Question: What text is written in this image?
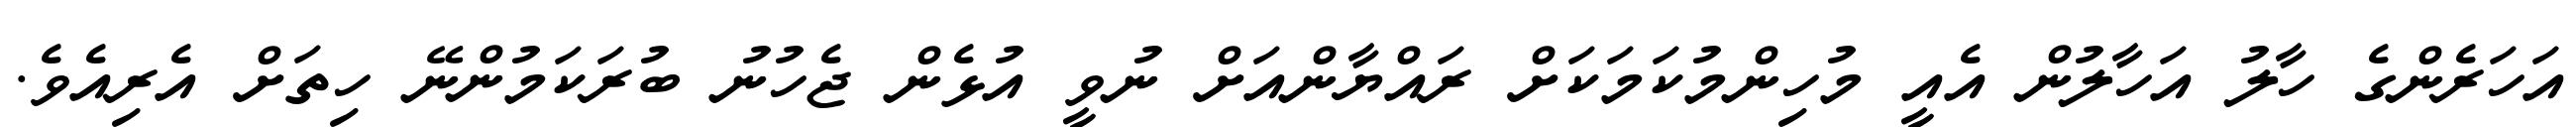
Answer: އަހަރެންގެ ހާލު އަހާލުން އެއީ މުހިންމުކަމަކަށް ރައްޔާންއަށް ނުވީ އުޅެން ޖެހުނު ބުރަކަމުންނޭ ހިތަށް އެރިއެވެ.